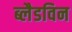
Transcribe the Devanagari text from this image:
ब्लैडविन